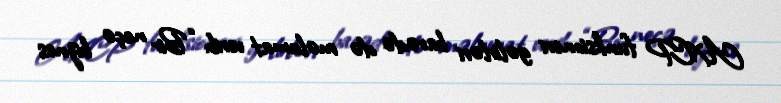
AXCP funksioneri gəlirləri barədə də məlumat verib: “Bir neçə biznes